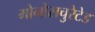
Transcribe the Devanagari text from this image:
मोनोसचुरेटेड